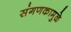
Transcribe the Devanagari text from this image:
संगणकामुळे